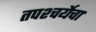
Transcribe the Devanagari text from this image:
तपश्‍चर्येचा